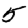
Digit: 5